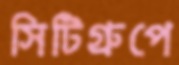
সিটিগ্রুপে